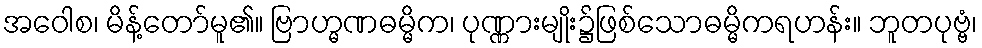
အဝေါစ၊ မိန့်တော်မူ၏။ ဗြာဟ္မဏဓမ္မိက၊ ပုဏ္ဏားမျိုး၌ဖြစ်သောဓမ္မိကရဟန်း။ ဘူတပုဗ္ဗံ၊